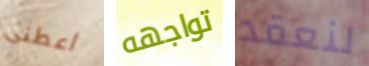
اعطنى تواجهه لنعقد